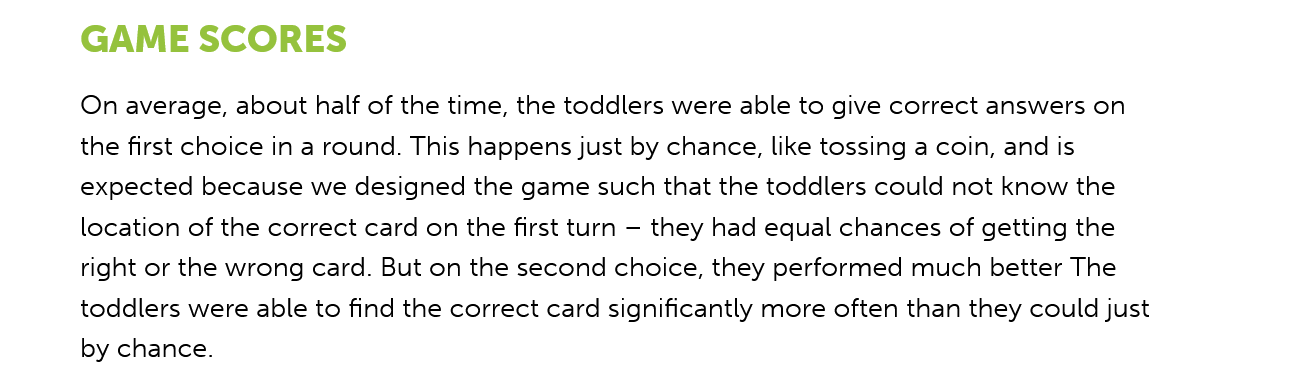
GAME    SCORES
     On average, about half of the time, the toddlers were able to give correct answers on
     the first choice in a round. This happens just by chance, like tossing a coin, and is
     expected because we designed the game such that the toddlers could not know the
     location of the correct card on the first turn —
     they had equal chances of getting the
     right or the wrong card. But on the second choice, they performed much better The
     toddlers were able to find the correct card significantly more often than they could just
     by chance.